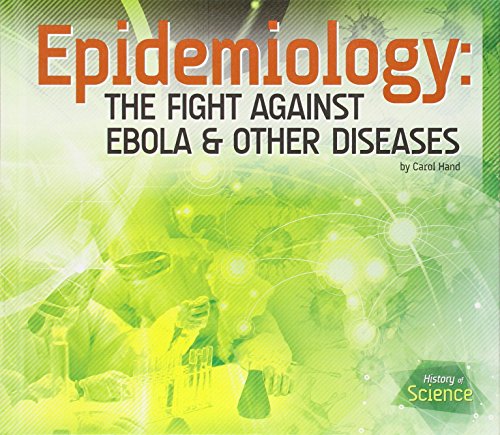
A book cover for Epidemiology: The Fight Against Ebola & Other Diseases (History of Science); Carol Hand; Teen & Young Adult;